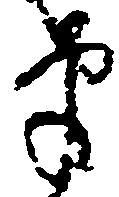
筆